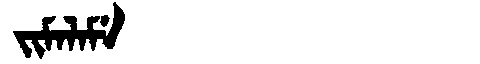
Manchu: ᠵᡳᠮᠠᠯᠠᠮᡝ
Romanization: JIMALAME